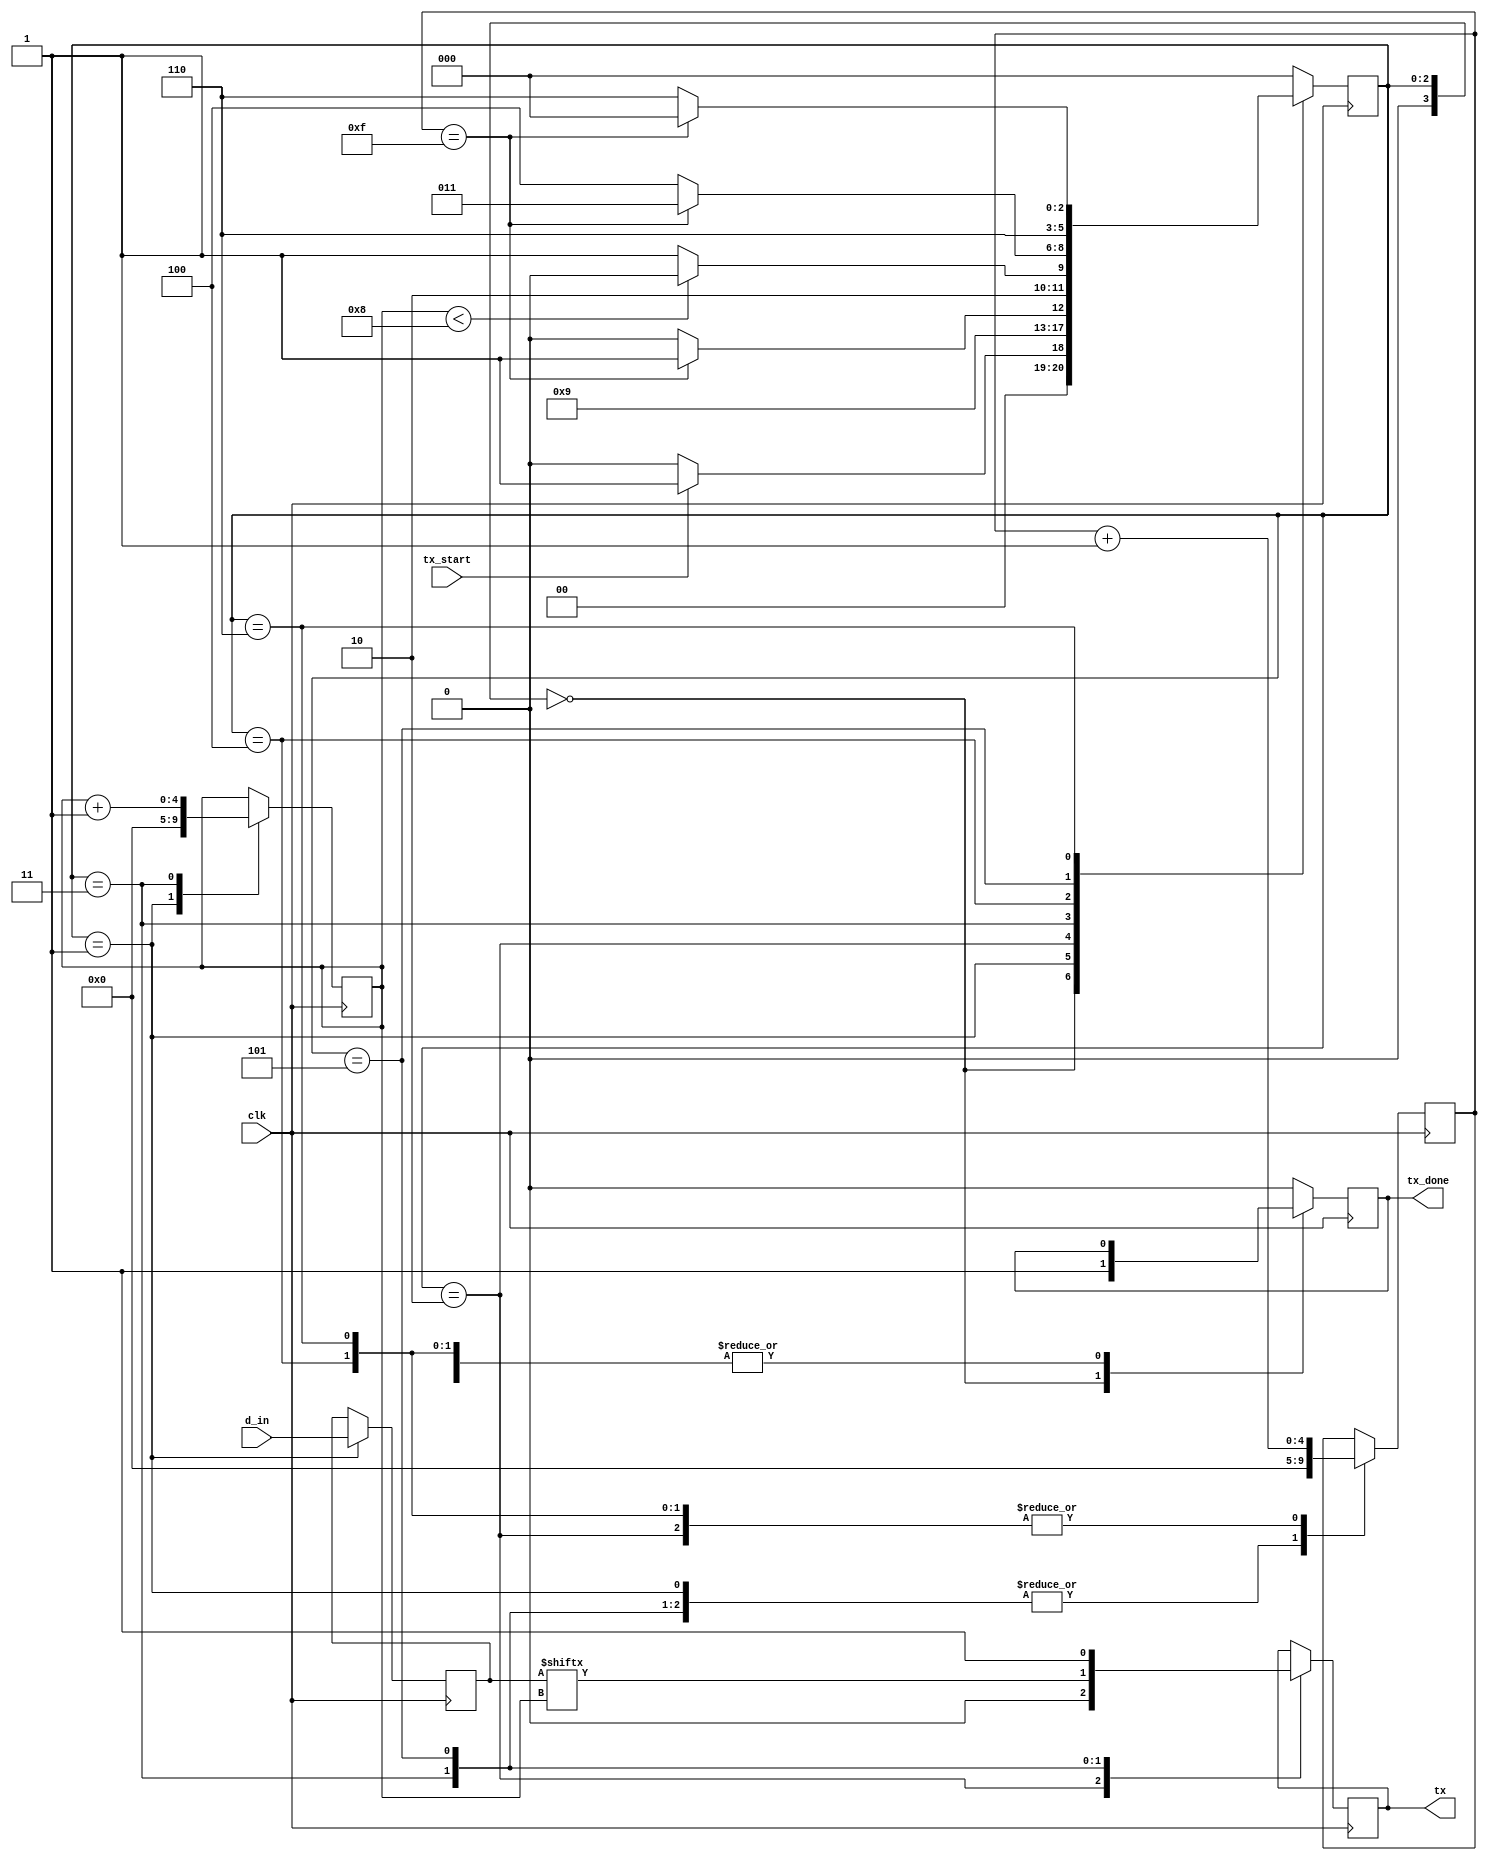
`timescale 1ns / 1ps
//////////////////////////////////////////////////////////////////////////////////
// Company: 
// Engineer: 
// 
// Design Name: 
// Module Name:    Tx 
// Project Name: 
// Target Devices: 
// Tool versions: 
// Description: 
//
// Dependencies: 
//
// Revision: 
// Revision 0.01 - File Created
// Additional Comments: 
//
//////////////////////////////////////////////////////////////////////////////////
module Tx(
	input wire clk,
	input wire [7:0]d_in,
	input wire tx_start,
	output reg tx_done,
	output reg tx
    );

//Declaro los estados que voy a tener.
localparam [2:0] 	UNO 	 = 3'b000,
						DOS  	 = 3'b001,
						TRES 	 = 3'b010,
						CUATRO = 3'b011,
						CINCO	 = 3'b100,
						SEIS 	 = 3'b101,
						SIETE	 = 3'b110;

//Declaro las variables necesarias internas.
reg [3:0] current_state = 3'b000;
reg [3:0] next_state;
reg [7:0] bus_interno_tx;
reg [4:0]n;
reg [4:0]s; 
//reg [4:0]s1;


//Registro de estado, cambio segun el clock (aca va a ir conectado
// el s_tick).
always @(posedge clk)
begin
	current_state <= next_state;
end

//declaro ahora la logica de salida de cada estado
always @ (posedge clk)
begin
	case(current_state)
		UNO:
			begin
				tx_done = 1;
			end
		DOS:
			begin 
				bus_interno_tx = d_in;
				tx_done = 0;
				n = 0;
				s = 0;
			end
		TRES:
			begin
				tx = 0;
				s = s + 1;
			end
		CUATRO:
			begin
				tx = bus_interno_tx [n];
				n = n + 1;
				s = 0;
			end	
		CINCO:
			begin
				s = s + 1;
			end
		SEIS:
			begin
				tx = 1;
				s = 0;
			end 	
		SIETE:
			begin
				s = s + 1;
			end
		default:
			begin
				tx_done = 0;
			end
	endcase
end


//Logica para el cambio de estado.
always @*
begin
	next_state = UNO;
	
	case (current_state)
		UNO:
			if (tx_start == 1)
				next_state = DOS;
			else
				next_state = UNO;
		DOS: 
				next_state = TRES;
		TRES:
			if (s == 15)
				next_state = CUATRO;
			else 
				next_state = TRES;
		CUATRO:
			if (n < 8)
				next_state = CINCO;
			else 
				next_state = SEIS;
		CINCO:
			if	(s == 15)
				next_state = CUATRO;
			else
				next_state = CINCO;
		SEIS:
				next_state = SIETE;
		SIETE:
			if (s == 15)
				next_state = UNO;
			else 
				next_state = SIETE;
	endcase
end

endmodule